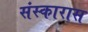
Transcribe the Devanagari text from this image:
संस्कारास